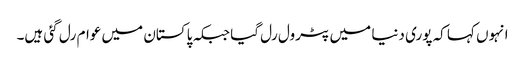
انہوں کہا کہ پوری دنیا میں پٹرول رل گیا جبکہ پاکستان میں عوام رل گئی ہیں۔